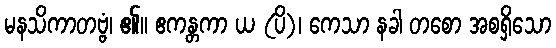
မနသိကာတဗ္ဗံ၊ ၏။ ဧကန္တကာ ယ (ပိ)၊ ကေသာ နခါ တစော အစရှိသော